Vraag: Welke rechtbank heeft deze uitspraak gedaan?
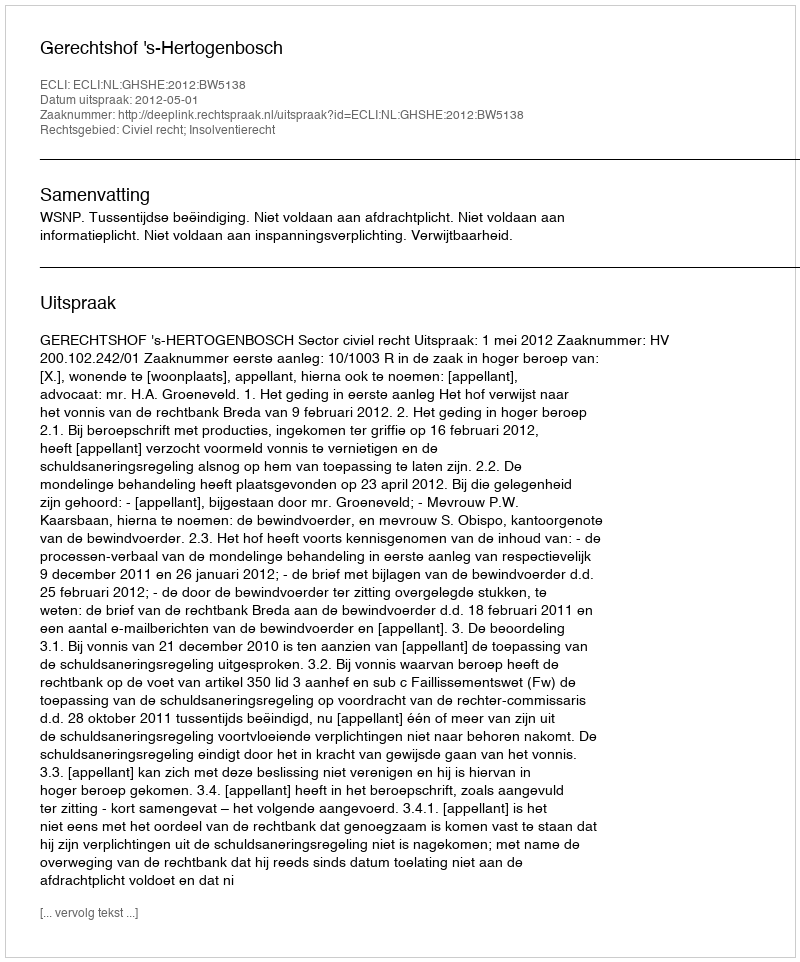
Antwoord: Gerechtshof 's-Hertogenbosch